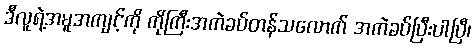
ဒီလူရဲ့အမူအကျင့်ကို ကိုကြီးအကဲခပ်တန်သလောက် အကဲခပ်ပြီးပါပြီ၊